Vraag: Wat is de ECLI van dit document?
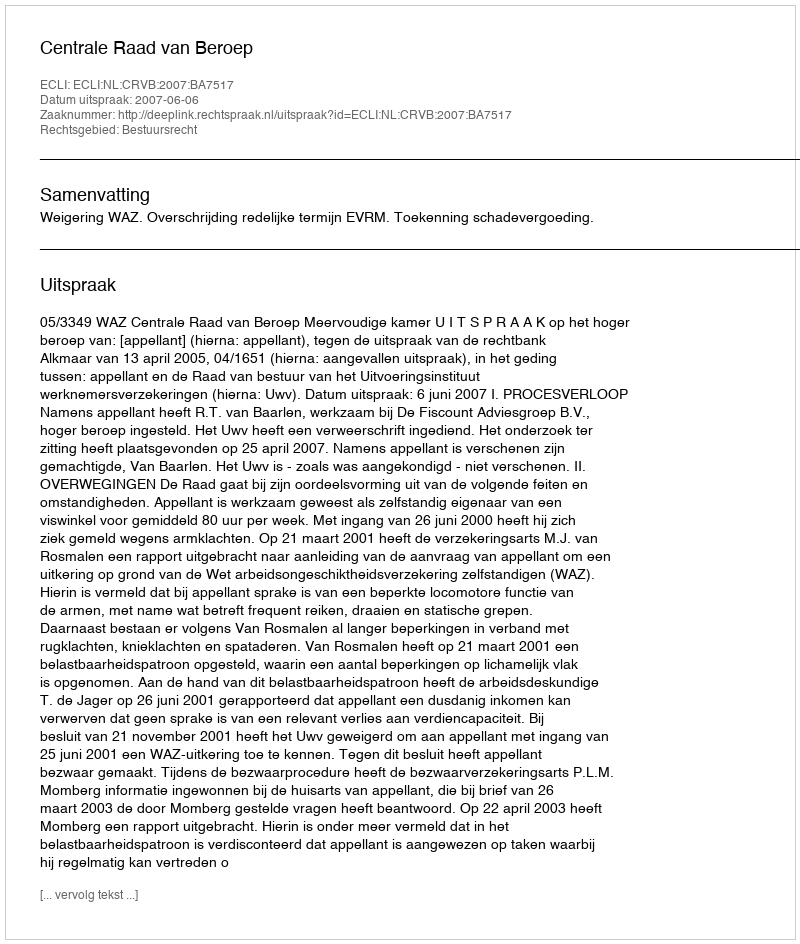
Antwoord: ECLI:NL:CRVB:2007:BA7517